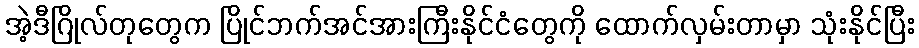
အဲ့ဒီဂြိုလ်တုတွေက ပြိုင်ဘက်အင်အားကြီးနိုင်ငံတွေကို ထောက်လှမ်းတာမှာ သုံးနိုင်ပြီး